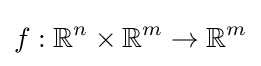
f:\mathbb {R} ^{n}\times \mathbb {R} ^{m}\to \mathbb {R} ^{m}